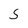
Character: 5